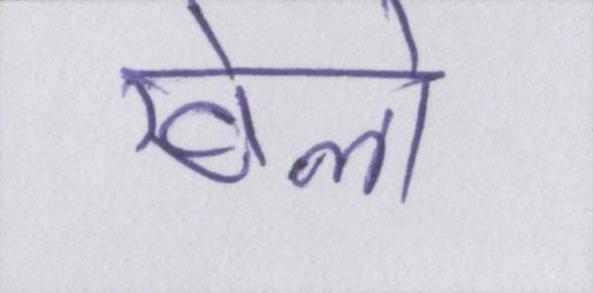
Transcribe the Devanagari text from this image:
खेलो